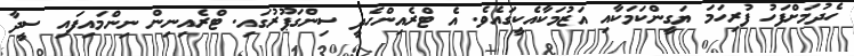
ހެދުމަށްފަހު ފުރިހަމަ ޔަގީންކަމަކާއި އަޒުމަކާއެކީގައެވެ. އެ ޓްރެއިންހެދީ ސިންގަޕޫރުގައި. ޓްރެއިނިން ނިންމައިފައި ސީދާ